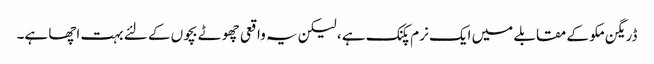
ڈریگن مکو کے مقابلے میں ایک نرم پکنک ہے ، لیکن یہ واقعی چھوٹے بچوں کے لئے بہت اچھا ہے۔